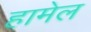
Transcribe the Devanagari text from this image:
हामेल